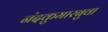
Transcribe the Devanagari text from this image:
नंदकुमारबुवा